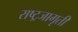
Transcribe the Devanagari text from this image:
राष्ट्रजागृती